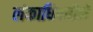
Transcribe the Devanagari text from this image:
लंकाधिपतीने